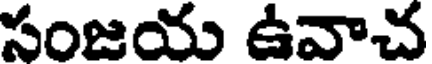
సంజయ ఉవాచ